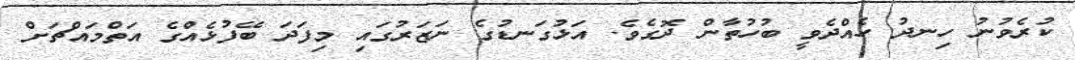
ކުރެވުނު ހިނދު ހެއްދެވީ ބުހުތާން ދޮގެވެ. އަޅުގަނޑުގެ ނަޒަރުގައި މިފަދަ ބޭފުޅެއްގެ އަތްމައްޗަށް